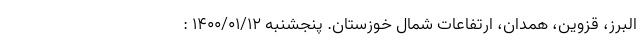
البرز، قزوین، همدان، ارتفاعات شمال خوزستان. پنجشنبه 1400/01/12 :